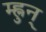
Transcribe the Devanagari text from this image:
म्ह्नुन्